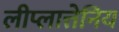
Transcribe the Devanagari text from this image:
लीप्लात्तेनिय